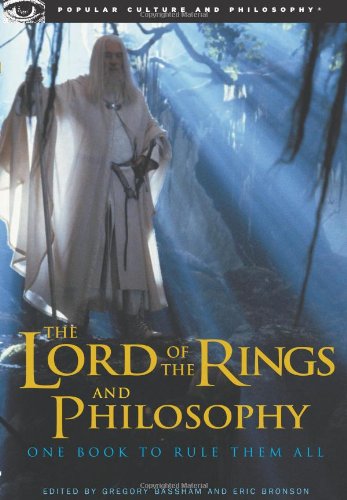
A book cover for The Lord of the Rings and Philosophy: One Book to Rule Them All (Popular Culture and Philosophy); Gregory Bassham; Science Fiction & Fantasy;